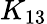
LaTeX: K_{13}